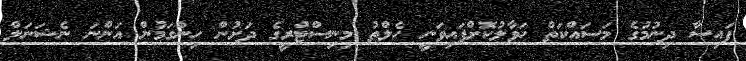
ފައިސާ ދިނުމުގެ މަސައްކަތް ހަވާލުކޮށްފައިވަނީ ހެލްތު މިނިސްޓްރީގެ ދަށުން ހިންގަމުން އަންނަ ނެޝަނަލް